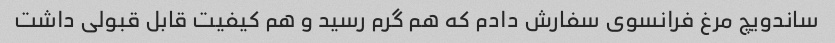
ساندویچ مرغ فرانسوی سفارش دادم که هم گرم رسید و هم کیفیت قابل قبولی داشت